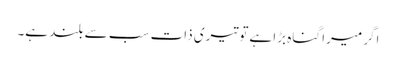
اگر میرا گناہ بڑا ہےتو تیری ذات سب سے بلند ہے۔